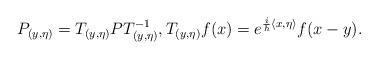
LaTeX: \begin{align*} P_{(y,\eta)}=T_{(y,\eta)}PT_{(y,\eta)}^{-1},T_{(y,\eta)}f(x)=e^{{\frac{i}{h}}\langle x,\eta\rangle}f(x-y).\end{align*}